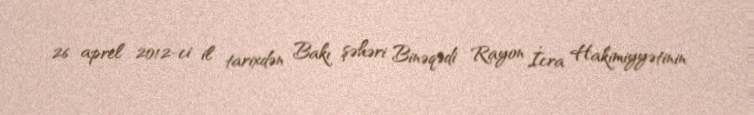
26 aprel 2012-ci il tarixdən Bakı şəhəri Binəqədi Rayon İcra Hakimiyyətinin